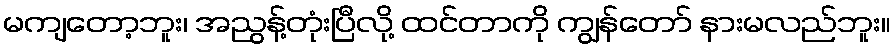
မကျတော့ဘူး၊ အညွန့်တုံးပြီလို့ ထင်တာကို ကျွန်တော် နားမလည်ဘူး။